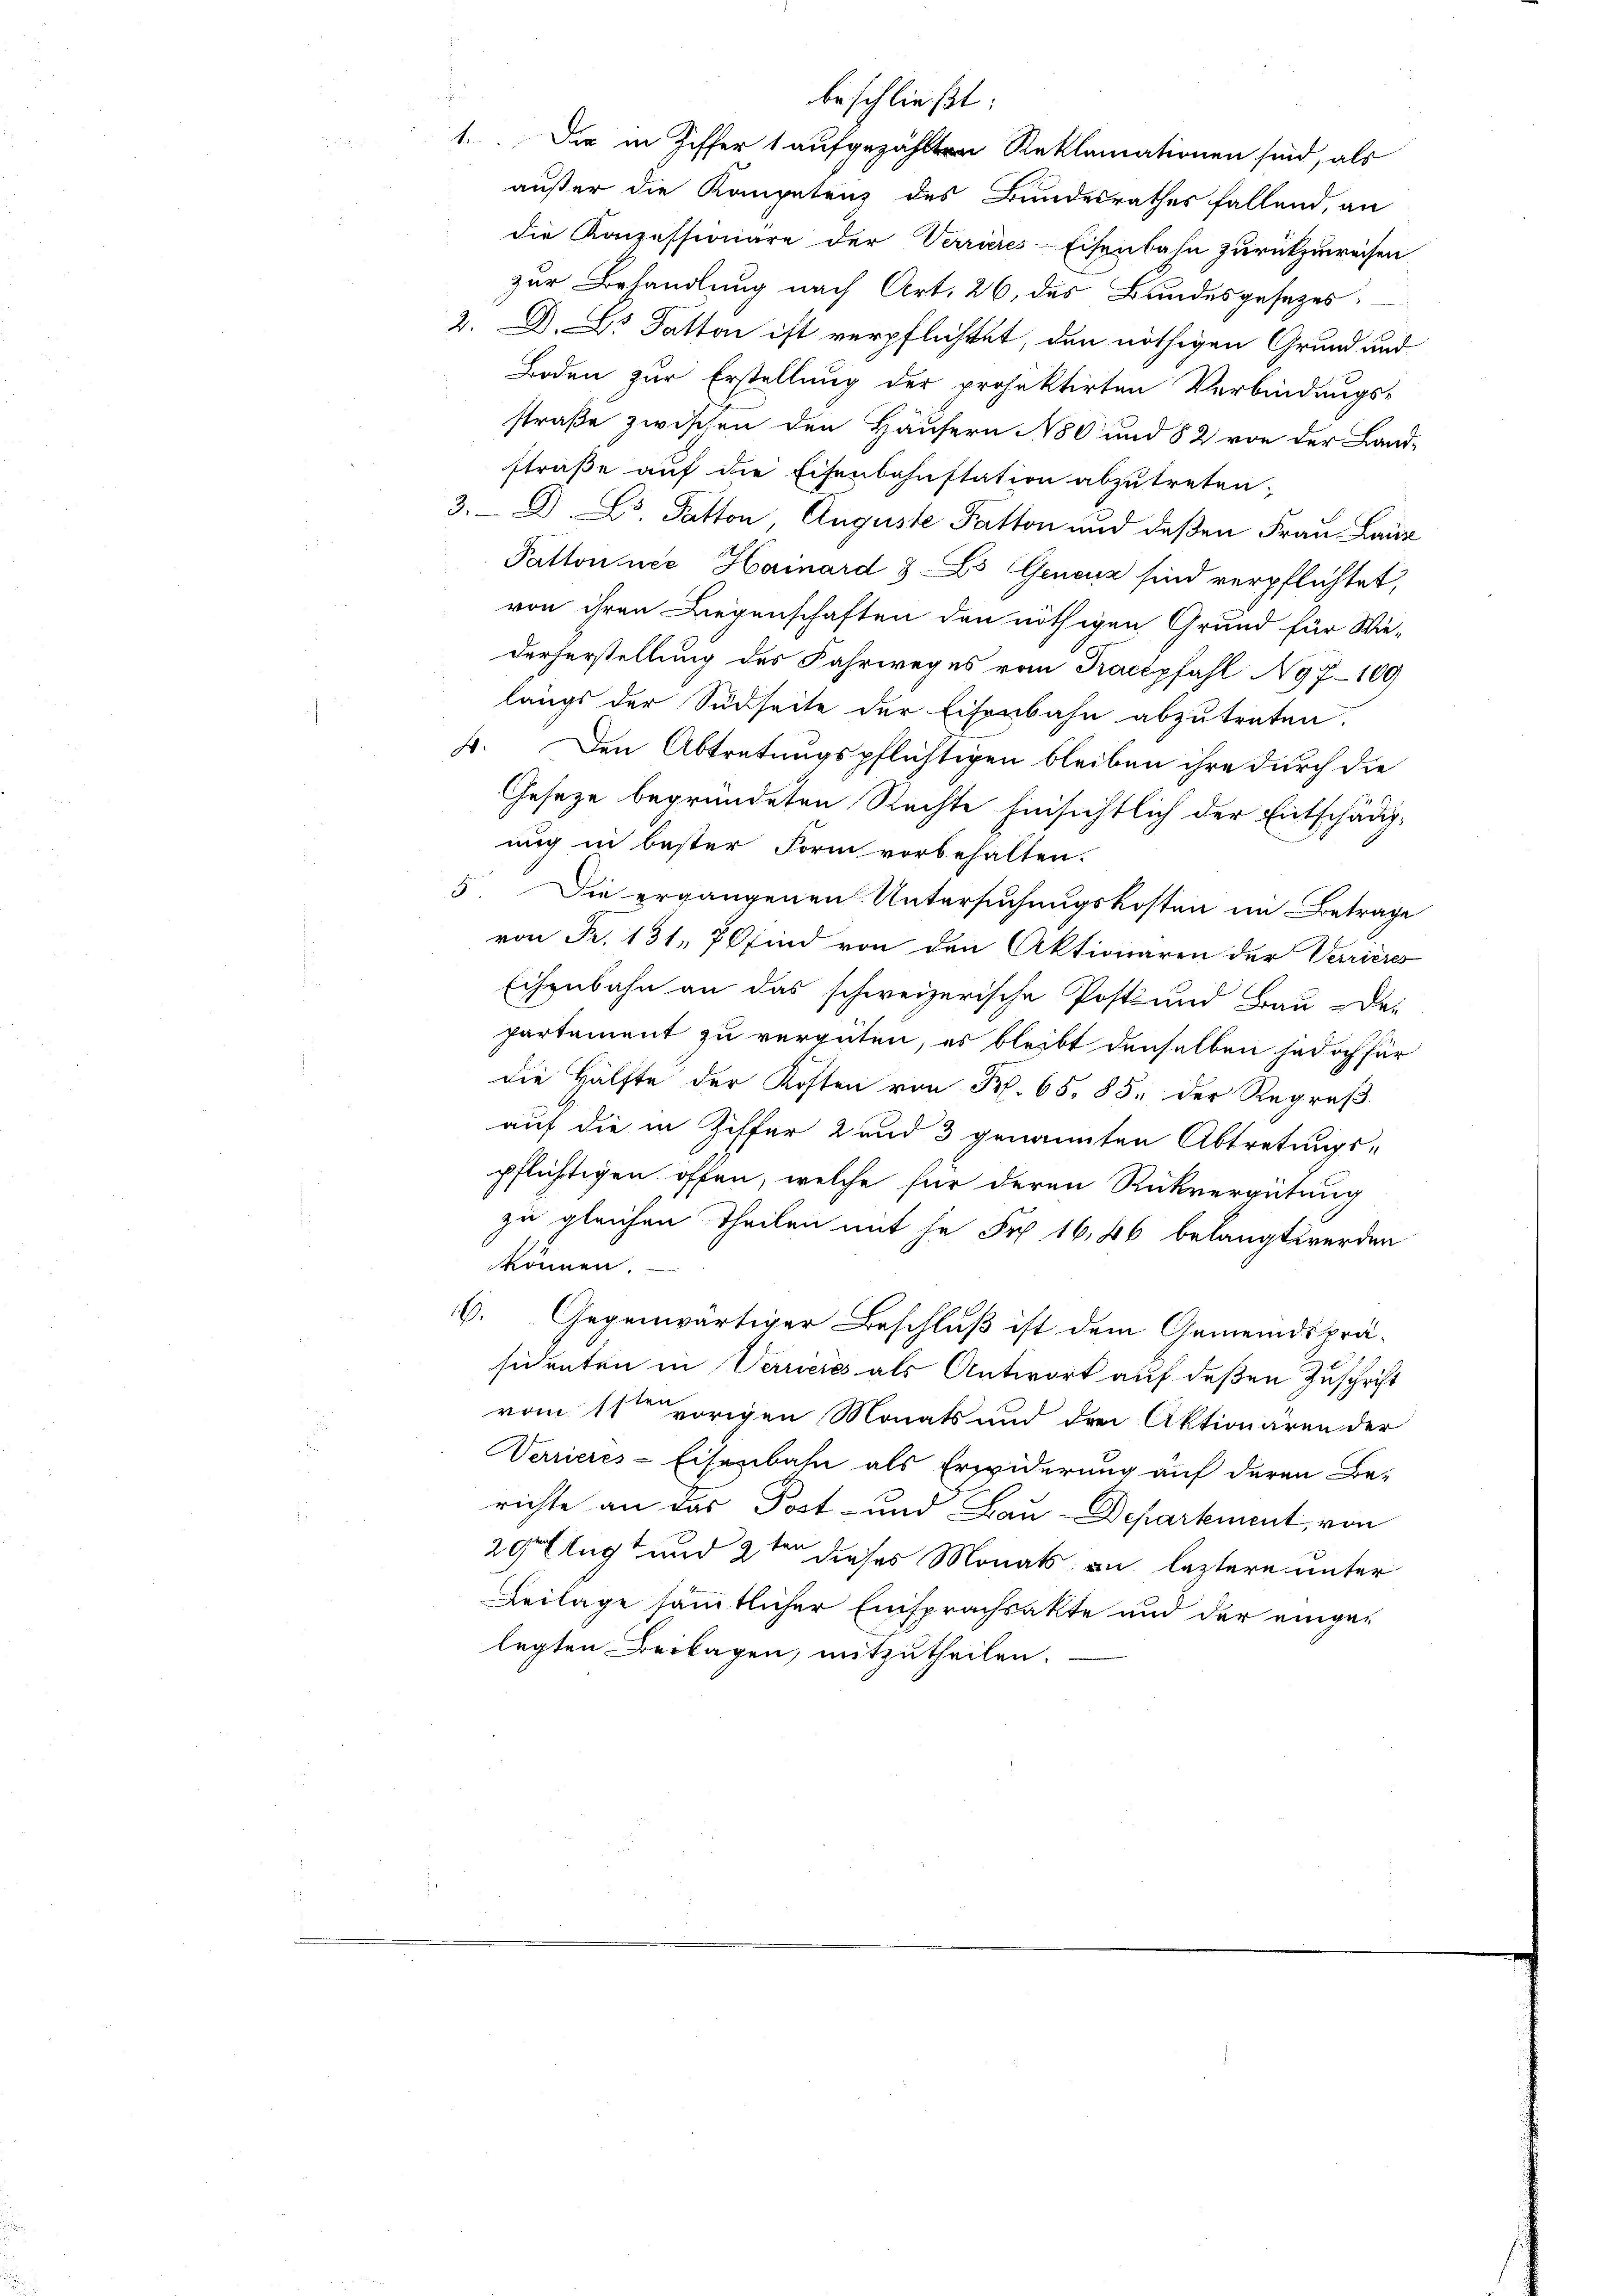
1.Die in Ziffer 1 aufgezählten Reklamationen sind, als
außer die Kompetenz des Bundesrathes fallend, an
die Konzessionäre der Verrieres-Eisenbahn zurückzuweisen
zur Behandlung nach Art. 26. des Bundesgesezes
2. D. Datton ist verpflichtet, den nöthigen Grund und
Boden zur Erstellung der projektirten Verbindungs-
straße zwischen den Häusern 80 und 82 von der Land-
straße auf die Eisenbahnstation abzutreten,
3.D. L. Patton, Auguste Fatton und deßen Frau Laur
Pattonner Hainard 33 Genouz sind verpflichtet,
von ihren Liegenschaften den nöthigen Grund für Wie-
derherstellung des Fahrweges vom Prachpfahl N97-109
längs der Südseite der Eiserbahn abzutreten.
4. Den Abtretungspflichtigen bleiben ihre durch die
Geseze begründeten Rechte hinsichtlich der Entschädig-
uug in bester Form vorbehalten.
5. Die ergangenen Untersuchungskosten im Betrage
von Fr. 131, 76 sind von den Aktionaren der Verrieres
Echenbahn an das schweizerische Post und Bau-De-
partement zu vergüten, es bleibt denselben jedoch für
die Hälfte der Kosten von Fr. 65. 85. der Regraβ
auf die in Ziffer 2 und 3 genannten Abtretungs-
pflichtigen offen, welche für deren Rückvergütung
zu gleichen Theilen mit je Sr. 16,46 belangt werden
können.
V. Gegenwärtiger Beschluß ist dem Gemeindsprä-
sidenten in Verrieres als Antwort auf deßen Zuschrift
vom 11ten vorigen Monats und drei Aktionären der
Verrieres-Eisenbahn als Erwiderung auf deren Be-
richte an das Post- und Bau-Departement, von
29tug und 2ten dieses Monats an leztere unter
Beilage sämmtlicher Einsprachsakte und der einge-
legten Beilagen, mitzutheilen.

beschließt: